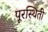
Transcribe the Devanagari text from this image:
पूरस्थिती